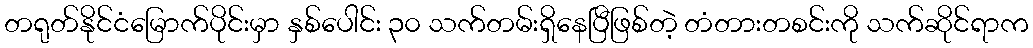
တရုတ်နိုင်ငံမြောက်ပိုင်းမှာ နှစ်ပေါင်း ၃၀ သက်တမ်းရှိနေပြီဖြစ်တဲ့ တံတားတစင်းကို သက်ဆိုင်ရာက